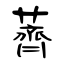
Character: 薺